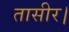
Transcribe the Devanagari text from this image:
तासीर।